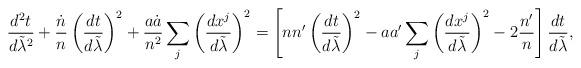
LaTeX: \begin{align*}{{d^2t}\over{d\tilde{\lambda}^2}}+{\dot{n}\over n}\left({{dt}\over{d\tilde{\lambda}}}\right)^2+{{a\dot{a}}\over n^2}\sum_j\left({{dx^j}\over{d\tilde{\lambda}}}\right)^2=\left[nn^{\prime}\left({{dt}\over{d\tilde{\lambda}}}\right)^2-aa^{\prime}\sum_j\left({{dx^j}\over{d\tilde{\lambda}}}\right)^2-2{n^{\prime}\over n}\right]{{dt}\over{d\tilde{\lambda}}},\end{align*}